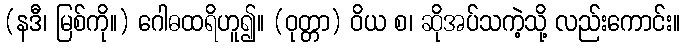
(နဒီ၊ မြစ်ကို။) ဂေါဓထရိဟူ၍။ (ဝုတ္တာ) ဝိယ စ၊ ဆိုအပ်သကဲ့သို့ လည်းကောင်း။